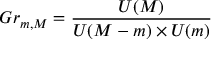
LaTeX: G r _ { m , M } = \frac { U ( M ) } { U ( M - m ) \times U ( m ) }